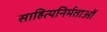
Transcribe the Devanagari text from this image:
साहित्यनिर्मताओं